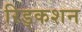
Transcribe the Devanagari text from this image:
रिड्कशन